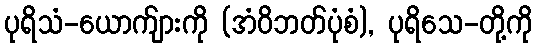
ပုရိသံ-ယောက်ျားကို (အံဝိဘတ်ပုံစံ), ပုရိသေ-တို့ကို